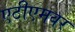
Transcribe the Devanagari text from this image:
एटीएमवर